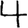
Digit: 4